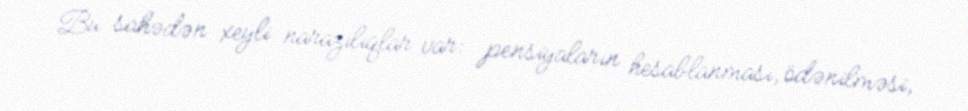
Bu sahədən xeyli narazılıqlar var: pensiyaların hesablanması, ödənilməsi,